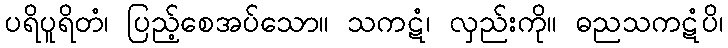
ပရိပူရိတံ၊ ပြည့်စေအပ်သော။ သကဋံ၊ လှည်းကို။ ဓညသကဋံပိ၊